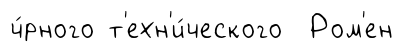
ч́рного т'ехн'и́ческого Ром'ен